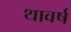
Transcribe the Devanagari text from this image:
थावर्ष